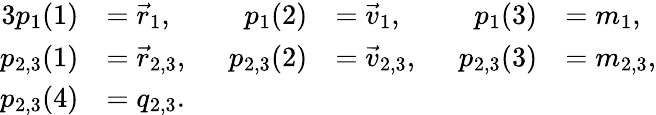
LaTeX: \begin{array}{rlrlrl}{{3}p_{1}(1)}&{=\vec{r}_{1},}&{p_{1}(2)}&{=\vec{v}_{1},}&{p_{1}(3)}&{=m_{1},}\\ {p_{2,3}(1)}&{=\vec{r}_{2,3},\; \; }&{p_{2,3}(2)}&{=\vec{v}_{2,3},\; \; }&{p_{2,3}(3)}&{=m_{2,3},}\\ {p_{2,3}(4)}&{=q_{2,3}.}\end{array}